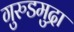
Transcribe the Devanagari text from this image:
गुरुडमुद्रा